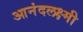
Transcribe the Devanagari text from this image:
आनंदलक्ष्मी